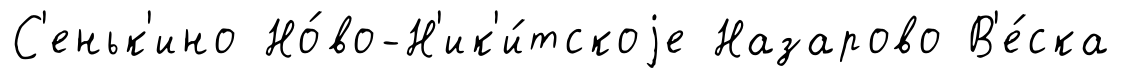
С'еньк'ино Но́во-Н'ик'и́тскоjе Назарово В'е́ска